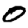
Digit: 0